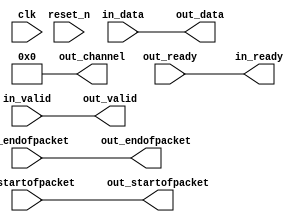
// (C) 2001-2020 Intel Corporation. All rights reserved.
// Your use of Intel Corporation's design tools, logic functions and other 
// software and tools, and its AMPP partner logic functions, and any output 
// files from any of the foregoing (including device programming or simulation 
// files), and any associated documentation or information are expressly subject 
// to the terms and conditions of the Intel Program License Subscription 
// Agreement, Intel FPGA IP License Agreement, or other applicable 
// license agreement, including, without limitation, that your use is for the 
// sole purpose of programming logic devices manufactured by Intel and sold by 
// Intel or its authorized distributors.  Please refer to the applicable 
// agreement for further details.


// --------------------------------------------------------------------------------
//| Avalon Streaming Channel Adapter
// --------------------------------------------------------------------------------

`timescale 1ns / 100ps
module channel_adapter_ptob_for_spichain (
    
      // Interface: clk
      input              clk,
      input              reset_n,
      // Interface: in
      output reg         in_ready,
      input              in_valid,
      input      [ 7: 0] in_data,
      input              in_startofpacket,
      input              in_endofpacket,
      // Interface: out
      input              out_ready,
      output reg         out_valid,
      output reg [ 7: 0] out_data,
      output reg         out_startofpacket,
      output reg         out_endofpacket,
      output reg [ 7: 0] out_channel
);


   reg          in_channel = 0;

   // ---------------------------------------------------------------------
   //| Payload Mapping
   // ---------------------------------------------------------------------
   always @* begin
      in_ready = out_ready;
      out_valid = in_valid;
      out_data = in_data;
      out_startofpacket = in_startofpacket;
      out_endofpacket = in_endofpacket;

      out_channel = 0;
      out_channel        = in_channel;
   end

endmodule